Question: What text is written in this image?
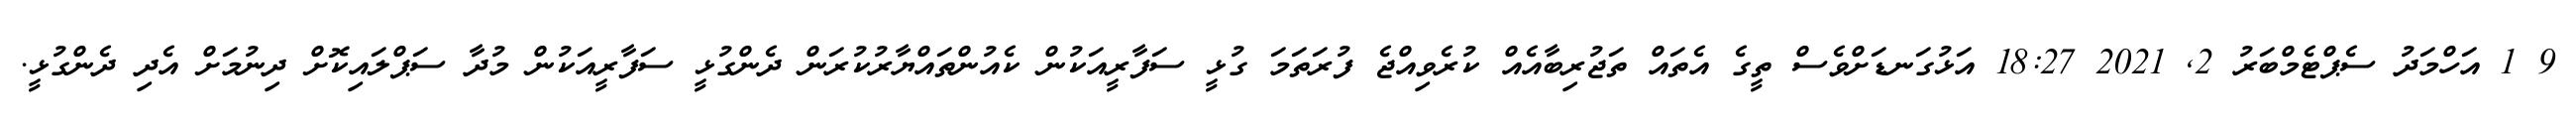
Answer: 9 1 އަހްމަދު ސެޕްޓެމްބަރު 2, 2021 18:27 އަޅުގަނޑަށްވެސް ތީގެ އެތައް ތަޖުރިބާއެއް ކުރެވިއްޖެ ފުރަތަމަ ގުޅީ ސަފާރީއަކުން ކެއުންތައްޔާރުކުރަން ދެންގުޅީ ސަފާރީއަކުން މުދާ ސަޕްލައިކޮށް ދިނުމަށް އެދި ދެންގުޅީ.